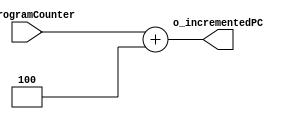
module programCounterIncrement 
#(
    parameter PC_LEN = 32
)
(
    //Inputs
    input wire [PC_LEN-1:0] i_programCounter,

    //Outputs
    output wire [PC_LEN-1:0] o_incrementedPC
);

reg [PC_LEN-1:0] r_incrementedPC;

always @(*) begin
    r_incrementedPC = i_programCounter + 4;
end

//Assigns
assign o_incrementedPC = r_incrementedPC;
    
endmodule